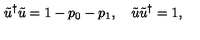
\tilde { u } ^ { \dag } \tilde { u } = 1 - p _ { 0 } - p _ { 1 } , \quad \tilde { u } \tilde { u } ^ { \dag } = 1 ,